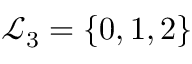
\mathcal { L } _ { 3 } = \{ 0 , 1 , 2 \}